Indian journal of veterinary science and animal husbandry - Volumes 26-27, 1956-1957
Year: 1956
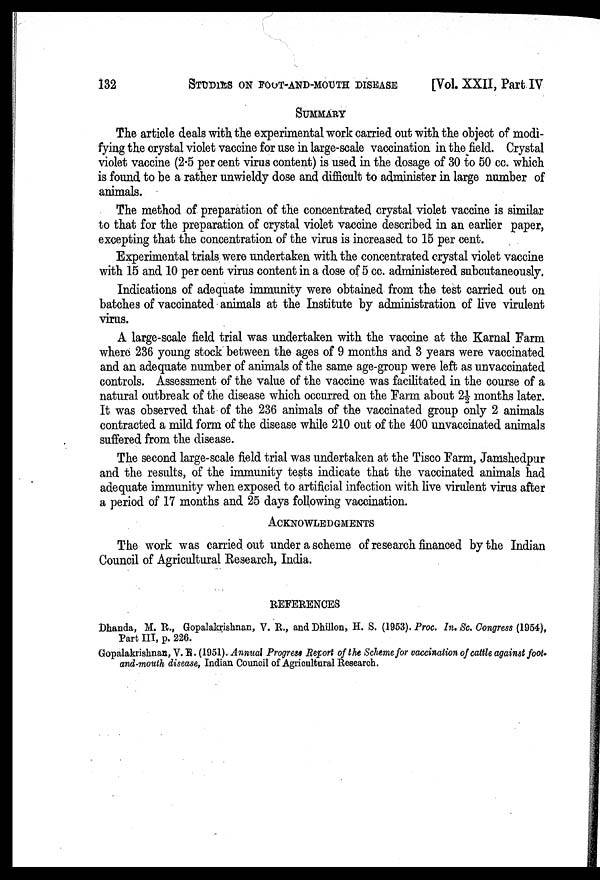
132 STUDIES ON FOOT-AND-MOUTH DISEASE [Vol. XXII, Part IV
SUMMARY
The article deals with the experimental work carried out with the object of modi-
fying the crystal violet vaccine for use in large-scale vaccination in the field. Crystal
violet vaccine (2.5 per cent virus content) is used in the dosage of 30 to 50 cc. which
is found to be a rather unwieldy dose and difficult to administer in large number of
animals.
The method of preparation of the concentrated crystal violet vaccine is similar
to that for the preparation of crystal violet vaccine described in an earlier paper,
excepting that the concentration of the virus is increased to 15 per cent.
Experimental trials were undertaken with the concentrated crystal violet vaccine
with 15 and 10 per cent virus content in a dose of 5 cc. administered subcutaneously.
Indications of adequate immunity were obtained from the test carried out on
batches of vaccinated animals at the Institute by administration of live virulent
virus.
A large-scale field trial was undertaken with the vaccine at the Karnal Farm
where 236 young stock between the ages of 9 months and 3 years were vaccinated
and an adequate number of animals of the same age-group were left as unvaccinated
controls. Assessment of the value of the vaccine was facilitated in the course of a
natural outbreak of the disease which occurred on the Farm about 2½ months later.
It was observed that of the 236 animals of the vaccinated group only 2 animals
contracted a mild form of the disease while 210 out of the 400 unvaccinated animals
suffered from the disease.
The second large-scale field trial was undertaken at the Tisco Farm, Jamshedpur
and the results, of the immunity tests indicate that the vaccinated animals had
adequate immunity when exposed to artificial infection with live virulent virus after
a period of 17 months and 25 days following vaccination.
ACKNOWLEDGMENTS
The work was carried out under a scheme of research financed by the Indian
Council of Agricultural Research, India.
REFERENCES
Dhanda, M. R., Gopalakrishnan, V. R., and Dhillon, H. S. (1953). Proc. In, Sc. Congress (1954),
Part III, p. 226.
Gopalakrishnan, V. R. (1951). Annual Progress Report of the Scheme for vaccination of cattle against foot'
and-mouth disease, Indian Council of Agricultural Research.